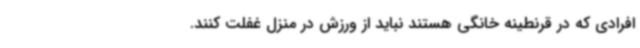
افرادی که در قرنطینه خانگی هستند نباید از ورزش در منزل غفلت کنند.